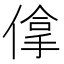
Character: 𠌧